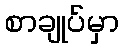
စာချုပ်မှာ